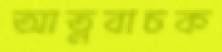
আত্নবাচক